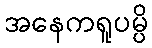
အနေကရူပမ္ပိ